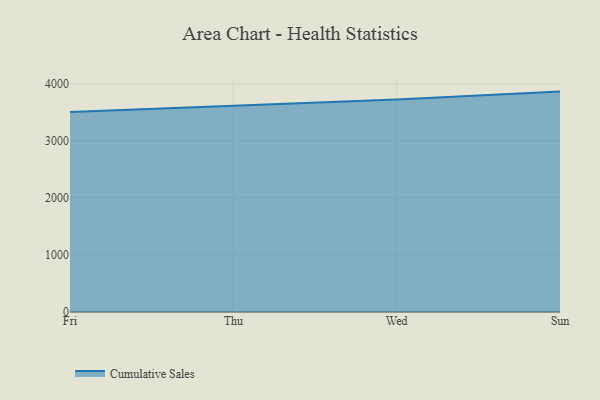
{"axis": {"x": "Day", "y": "Headcount"}, "legend": ["Cumulative Sales"], "data": [{"x": "Fri", "y": 3504.9, "type": "Cumulative Sales"}, {"x": "Thu", "y": 3609.2, "type": "Cumulative Sales"}, {"x": "Wed", "y": 3724.5, "type": "Cumulative Sales"}, {"x": "Sun", "y": 3862.7, "type": "Cumulative Sales"}]}